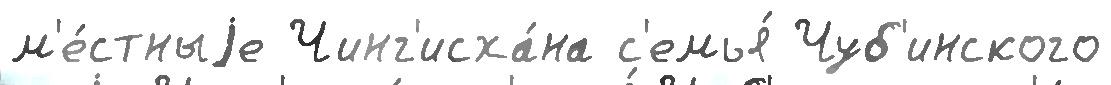
м'е́стныjе Чинг'исха́на с'емья́ Чуб'инского